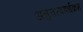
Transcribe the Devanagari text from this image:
अनुत्तरषडर्धक्रम